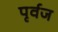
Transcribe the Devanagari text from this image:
पृर्वज